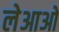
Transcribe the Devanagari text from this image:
लेआओ